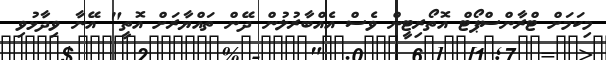
މިކަމަށް ޓްރާންސްޕޯޓް އޮތޯރިޓީން ވެސް އެއްބާރުލުން ދޭން ތައްޔާރަށް އޮތީ" އޭނާ ވިދާޅުވި